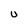
Character: U